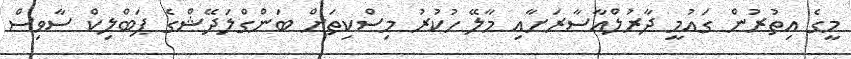
މީގެ އިތުރުން ގައުމީ ދާރުލްއާސާރަށާއި މާލޭ ހުކުރު މިސްކިތަށް ބަންގްލަދޭޝްގެ ޕަބްލިކް ސާވިސް